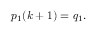
p _ { 1 } ( k + 1 ) = q _ { 1 } .